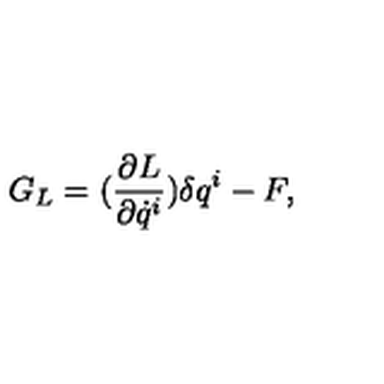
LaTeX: G _ { L } = ( \frac { \partial L } { \partial \dot { q } ^ { i } } ) \delta q ^ { i } - F ,